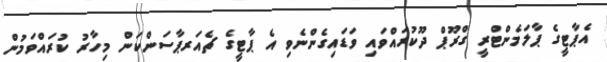
އެޕާޓީގެ ޕާލަމެންޓްރީ ގްރޫޕް ދޫކުރައްވައި ވަޑައިގެންނެވި އެ ޕާޓީގެ ޗެއަރޕާސަންކަން މިހާރު ކުރައްވަމުން